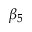
\beta _ { 5 }